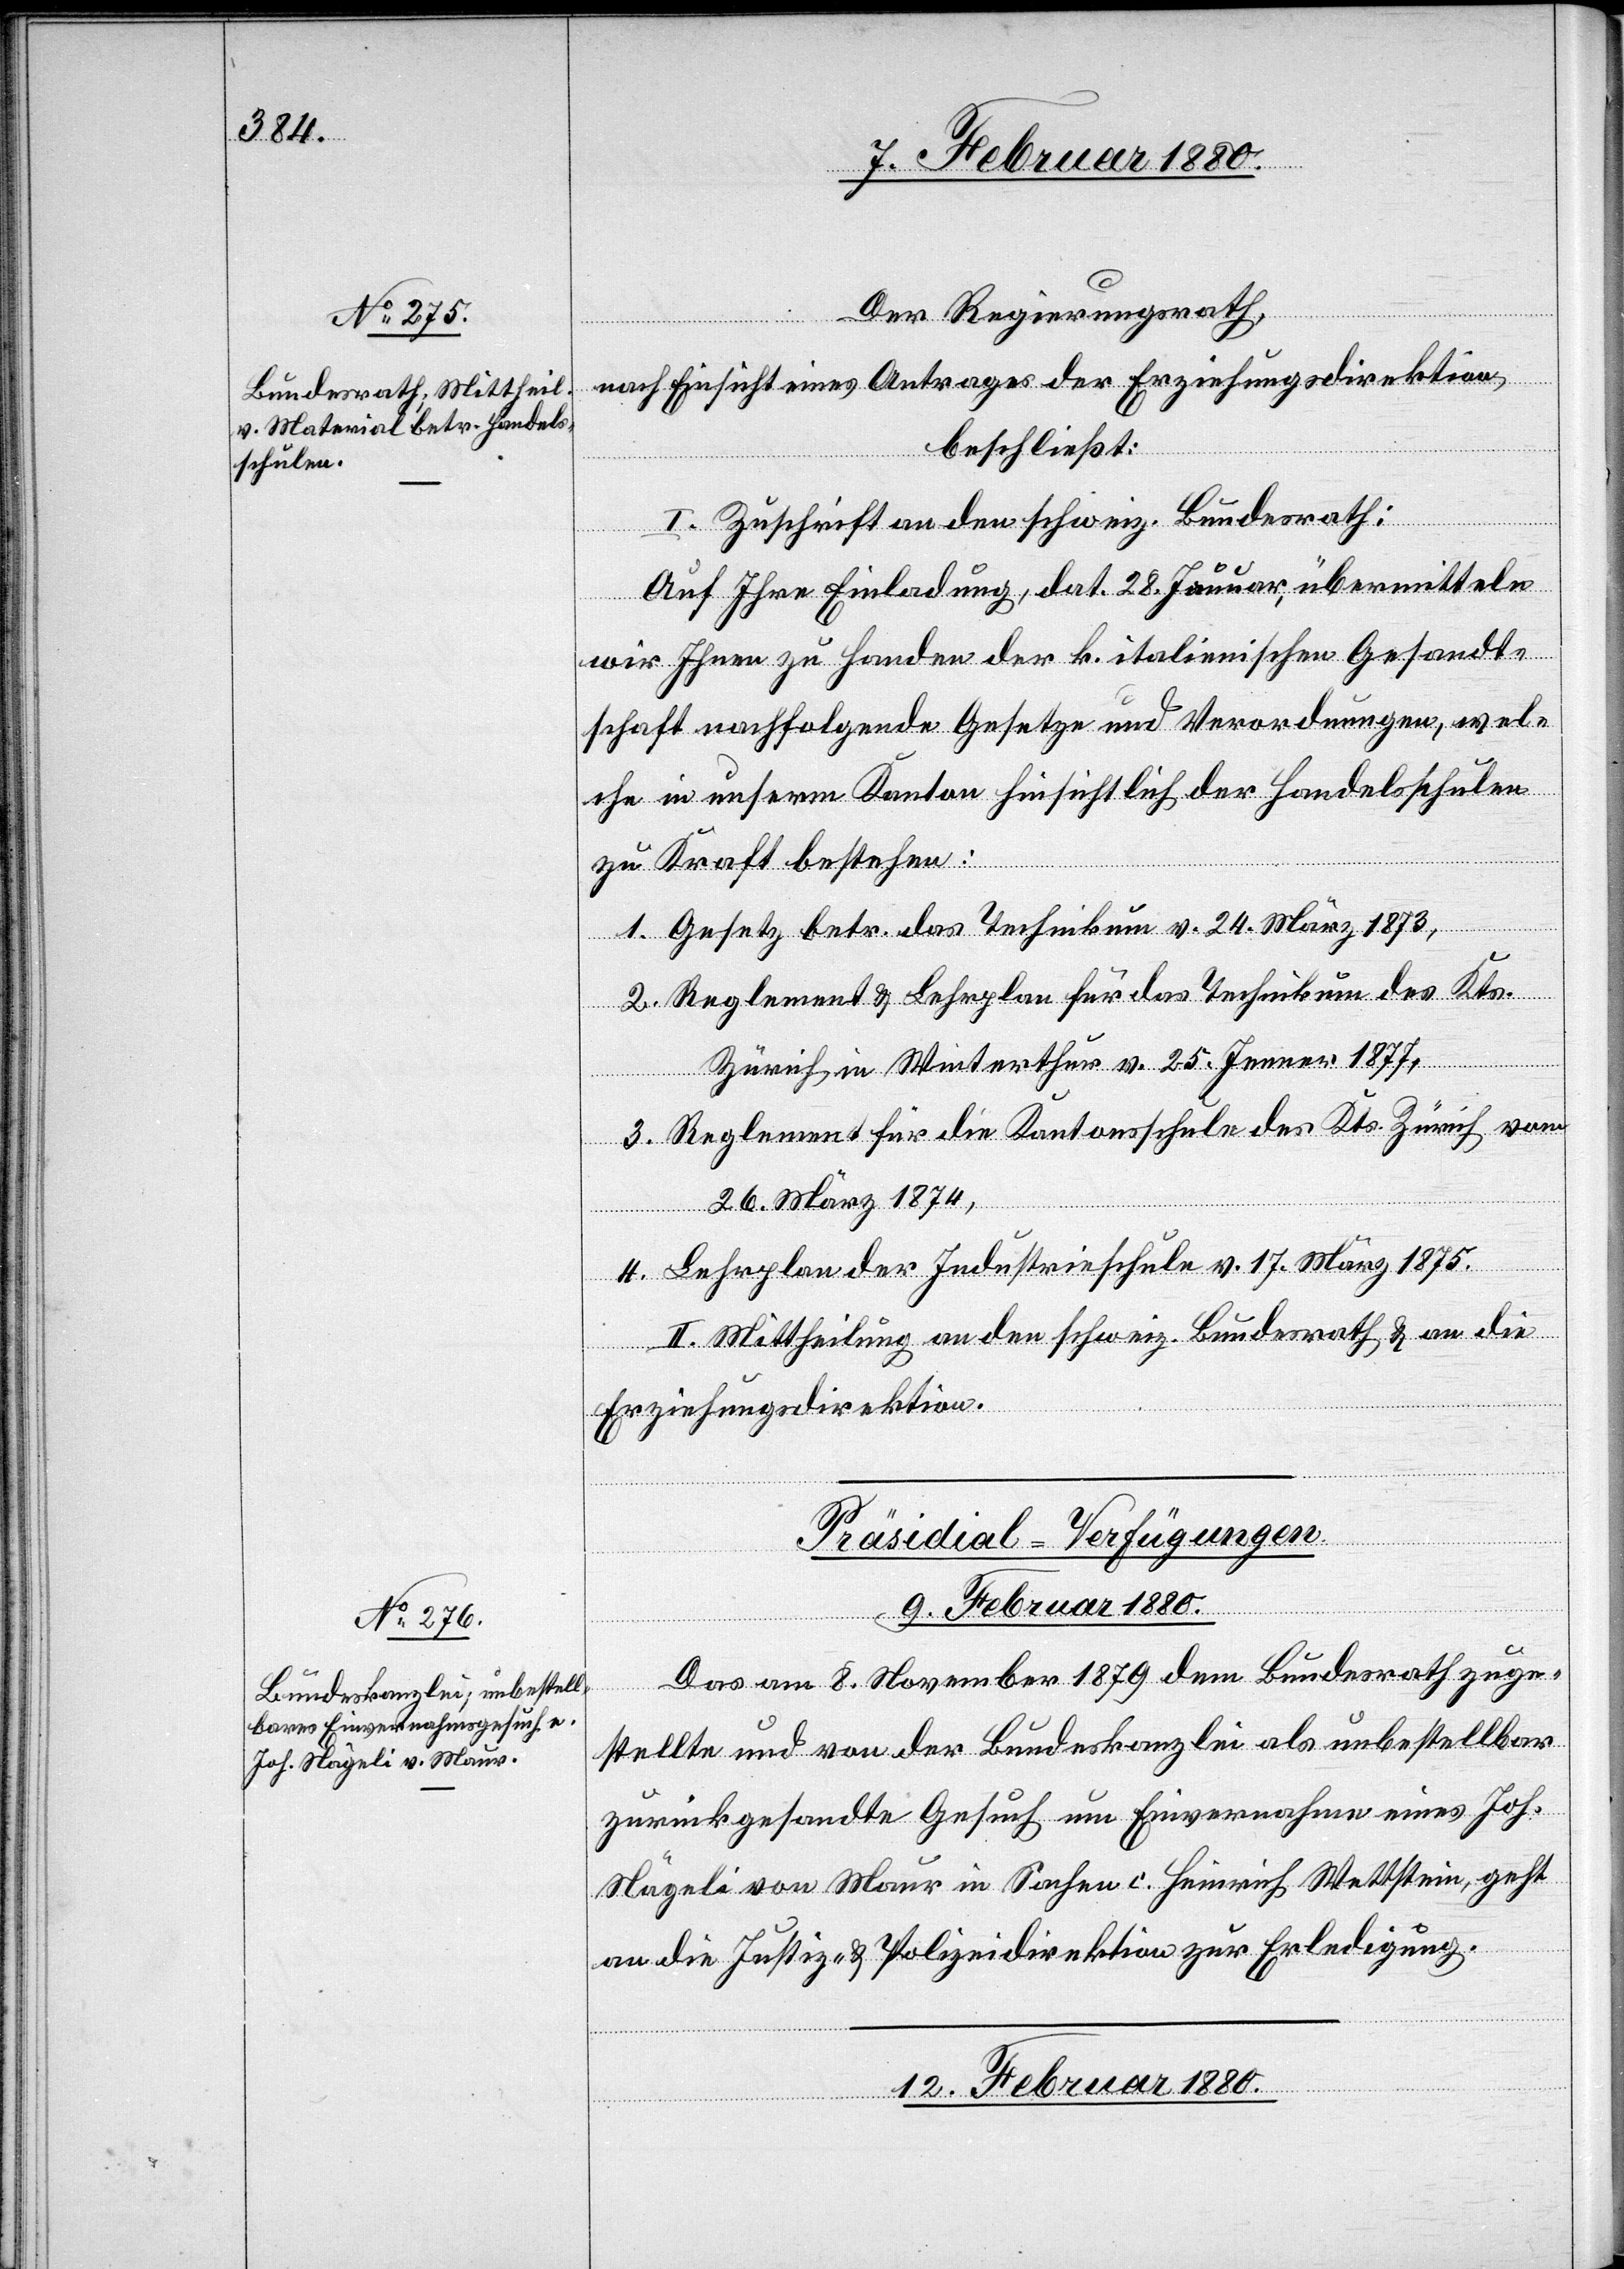
Der Regierungsrath,
nach Einsicht eines Antrages der Erziehungsdirektion,
beschließt:
I. Zuschrift an den schweiz. Bundesrath:
Auf Ihre Einladung, dat. 28. Januar, übermitteln
wir Ihnen zu Handen der k. italienischen Gesandt¬
schaft nachfolgende Gesetze und Verordnungen, wel¬
che in unserm Kanton hinsichtlich der Handelsschulen
zu Kraft bestehen:
1. Gesetz betr. das Technikum v. 24. März 1873,
2. Reglement & Lehrplan für das Technikum des Kts.
Zürich in Winterthur v. 25. Jenner 1877,
3. Reglement für die Kantonsschule des Kts. Zürich vom
26. März 1874,
4. Lehrplan der Industrieschule v. 17. März 1875.
II. Mittheilung an den schweiz. Bundesrath & an die
Erziehungsdirektion.
Präsidial-Verfügungen.]
9. Februar 1880.
Das am 8. November 1879 dem Bundesrath zuge¬
stellte und von der Bundeskanzlei als unbestellbar
zurückgesandte Gesuch um Einvernahme eines Joh.
Nägeli von Maur in Sachen c. Heinrich Wettstein, geht
an die Justiz- & Polizeidirektion zur Erledigung.
12. Februar 1880.